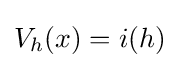
V_{h}(x)=i(h)